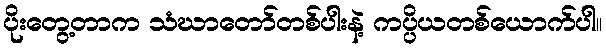
ပိုးတွေ့တာက သံဃာတော်တစ်ပါးနဲ့ ကပ္ပိယတစ်ယောက်ပါ။